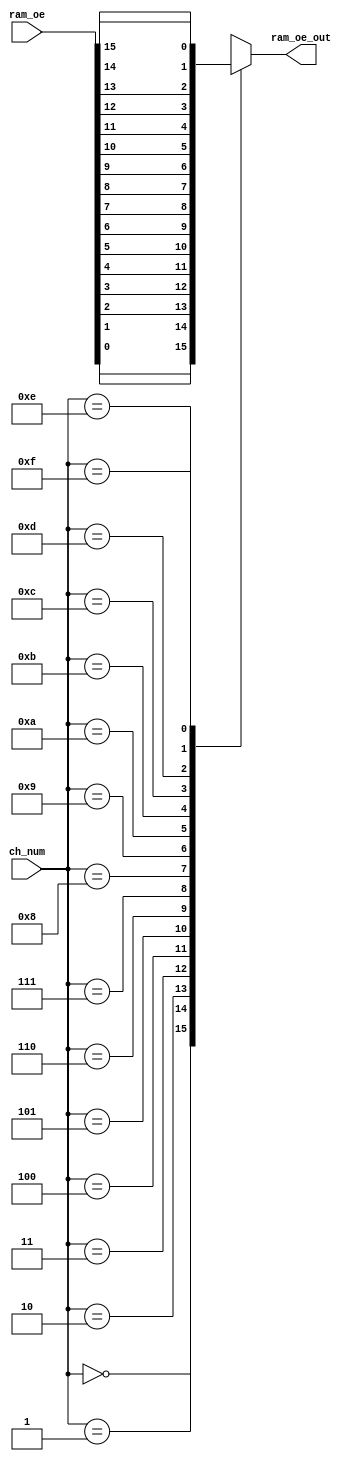
module ram_ch(
				input [15 : 0] ram_oe,
				input [3 : 0] ch_num,
				
				output reg ram_oe_out
			);
	always @ (*)
	begin
		case (ch_num)
		4'd0:
			ram_oe_out <= ram_oe[0];
		4'd1:
			ram_oe_out <= ram_oe[1];
		4'd2:
			ram_oe_out <= ram_oe[2];
		4'd3:
			ram_oe_out <= ram_oe[3];
		4'd4:
			ram_oe_out <= ram_oe[4];
		4'd5:
			ram_oe_out <= ram_oe[5];
		4'd6:
			ram_oe_out <= ram_oe[6];
		4'd7:
			ram_oe_out <= ram_oe[7];
		4'd8:
			ram_oe_out <= ram_oe[8];
		4'd9:
			ram_oe_out <= ram_oe[9];
		4'd10:
			ram_oe_out <= ram_oe[10];
		4'd11:
			ram_oe_out <= ram_oe[11];
		4'd12:
			ram_oe_out <= ram_oe[12];
		4'd13:
			ram_oe_out <= ram_oe[13];
		4'd14:
			ram_oe_out <= ram_oe[14];
		4'd15:
			ram_oe_out <= ram_oe[15];
		default:
			ram_oe_out <= 1'b0;
		endcase
	end 
	
endmodule